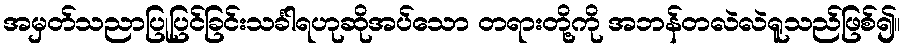
အမှတ်သညာပြုပြင်ခြင်းသင်္ခါရဟုဆိုအပ်သော တရားတို့ကို အဘန်တလဲလဲရူသည်ဖြစ်၍။